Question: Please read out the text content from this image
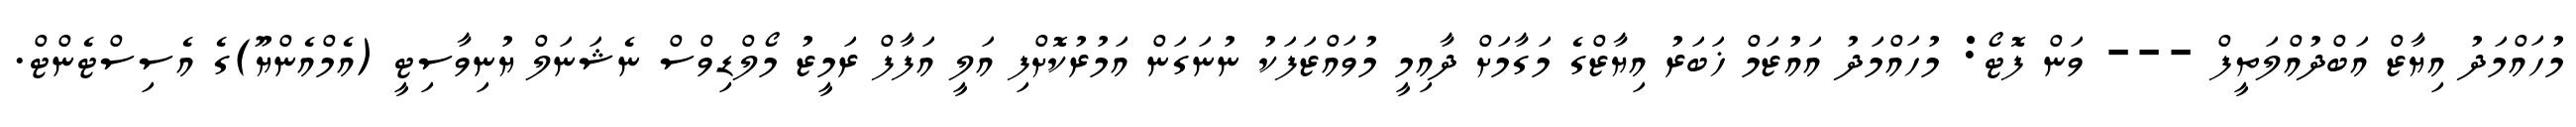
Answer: މުހައްމަދު އިޔާޒް އަބްދުއްލަތީފް --- ވަން ފޮޓޯ: މުހައްމަދު އައުޒަމް ޚަބަރު އިޔާޒްގެ މަގާމަށް ދާއިމީ މުވައްޒަފަކު ނުނަގަން އަމުރުކޮށްފި އަލީ އަފާފް ރަމީޒު މޯލްޑިވްސް ނެޝަނަލް ޔުނިވާސިޓީ (އެމްއެންޔޫ)ގެ އެސިސްޓެންޓް.